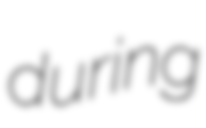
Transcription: during